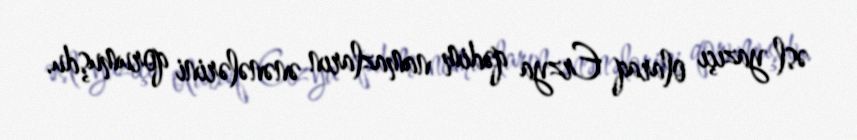
əsl yazıçı olaraq Erzya qədim namazların ənənələrini qorumuşdu.